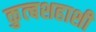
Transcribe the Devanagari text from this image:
कुत्बशहाशी